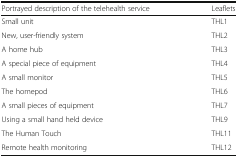
<table><thead><tr><td><b>Portrayed description of the telehealth service</b></td><td><b>Leaflets</b></td></tr></thead><tbody><tr><td>Small unit</td><td>THL1</td></tr><tr><td>New, user-friendly system</td><td>THL2</td></tr><tr><td>A home hub</td><td>THL3</td></tr><tr><td>A special piece of equipment</td><td>THL4</td></tr><tr><td>A small monitor</td><td>THL5</td></tr><tr><td>The homepod</td><td>THL6</td></tr><tr><td>A small pieces of equipment</td><td>THL7</td></tr><tr><td>Using a small hand held device</td><td>THL9</td></tr><tr><td>The Human Touch</td><td>THL11</td></tr><tr><td>Remote health monitoring</td><td>THL12</td></tr></tbody></table>